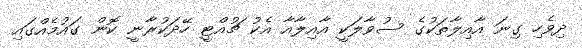
ދިވެހި ގިނަ އާއިލާތަކުގެ ސުވާލަކީ އާއިލާއާ އެކު ޗުއްޓީ ހޭދަކުރާނީ ކޮން ގައުމެއްގައި